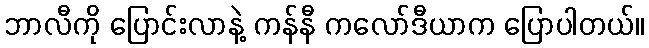
ဘာလီကို ပြောင်းလာနဲ့ ကန်နီ ကလော်ဒီယာက ပြောပါတယ်။